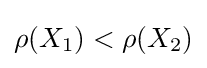
{\textstyle \rho (X_{1})<\rho (X_{2})}